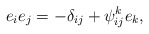
\begin{align*}e_ie_j=-\delta _{ij}+\psi _{ij}^ke_k, \end{align*}